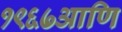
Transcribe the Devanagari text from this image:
१९६७आणि